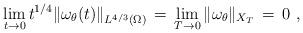
LaTeX: \begin{align*} \lim_{t \to 0} t^{1/4}\|\omega_\theta(t)\|_{L^{4/3}(\Omega)} \,=\, \lim_{T \to 0} \|\omega_\theta\|_{X_T} \,=\, 0~,\end{align*}